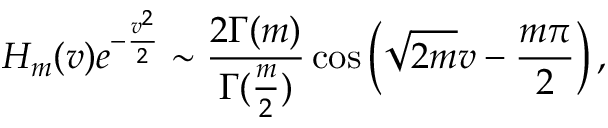
H _ { m } ( v ) e ^ { - \frac { v ^ { 2 } } { 2 } } \sim \frac { 2 \Gamma ( m ) } { \Gamma ( \frac { m } { 2 } ) } \cos \left( \sqrt { 2 m } v - \frac { m \pi } { 2 } \right) ,